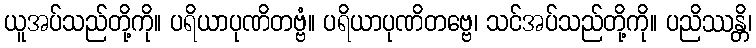
ယူအပ်သည်တို့ကို။ ပရိယာပုဏိတဗ္ဗံ။ ပရိယာပုဏိတဗ္ဗေ၊ သင်အပ်သည်တို့ကို။ ပညိဿန္တိ၊